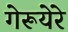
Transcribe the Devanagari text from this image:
गेरूयेरे